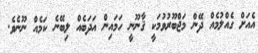
އެއަށް ގެއްލުމެއް ދޭން މަޖްބޫރުވުމަކީ ޤާނޫނީ ހަމައިން އަދަބެއް ލިބޭނެ ކަމެއް ނޫނެވެ.